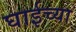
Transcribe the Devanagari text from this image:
घाईच्या